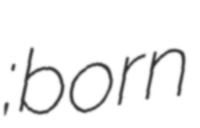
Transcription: Βαλέριος Λεωνίδης; born